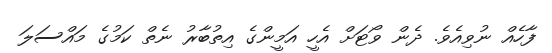
ފާހެއް ނުވިއެވެ. ދެން ވޯޓަށް އެހީ އަމީންގެ އިތުބާރު ނެތް ކަމުގެ މައްސަލަ